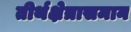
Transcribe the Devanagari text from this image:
तीर्थक्षेत्रासमान